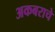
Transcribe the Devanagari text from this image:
अकबराचे